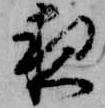
夜